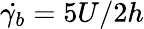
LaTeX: \dot{\gamma_{b}}=5U/2h